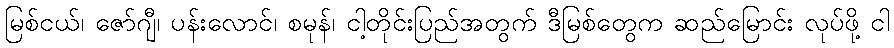
မြစ်ငယ်၊ ဇော်ဂျီ၊ ပန်းလောင်၊ စမုန်၊ ငါ့တိုင်းပြည်အတွက် ဒီမြစ်တွေက ဆည်မြောင်း လုပ်ဖို့ ငါ